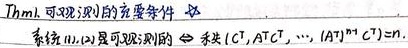
Thm1. 可观测性的充要条件：系统(11),(12)是可观测的 $\Leftrightarrow$ 秩$(C^T, A^T C^T, \cdots, (A^T)^{n - 1}C^T)=n$.